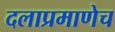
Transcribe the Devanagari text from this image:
दलाप्रमाणेच